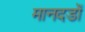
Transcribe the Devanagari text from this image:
मानदडों